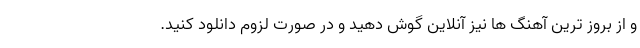
و از بروز ترین آهنگ ها نیز آنلاین گوش دهید و در صورت لزوم دانلود کنید.